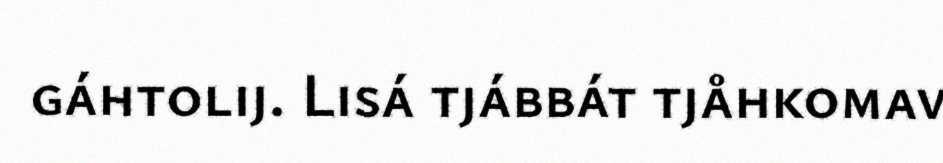
gáhtolij. Lisá tjábbát tjåhkomav